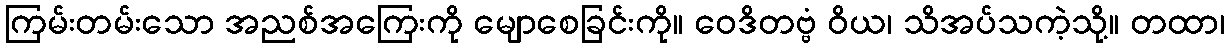
ကြမ်းတမ်းသော အညစ်အကြေးကို မျောစေခြင်းကို။ ဝေဒိတဗ္ဗံ ဝိယ၊ သိအပ်သကဲ့သို့။ တထာ၊